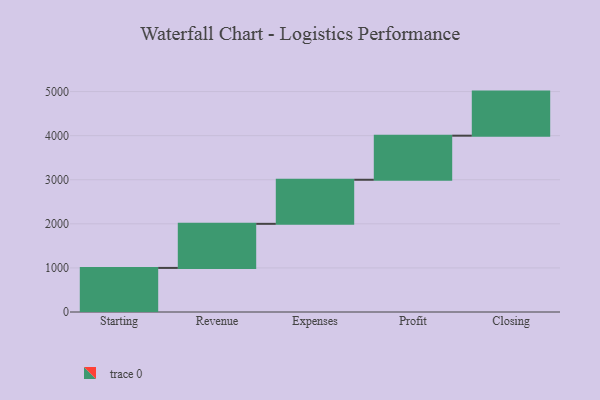
{"axis": {"x": "Step", "y": "Value"}, "legend": [""], "data": [{"x": "Starting", "y": 1000, "type": ""}, {"x": "Revenue", "y": 1000, "type": ""}, {"x": "Expenses", "y": 1000, "type": ""}, {"x": "Profit", "y": 1000, "type": ""}, {"x": "Closing", "y": 1000, "type": ""}]}